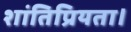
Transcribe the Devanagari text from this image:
शांतिप्रियता।